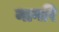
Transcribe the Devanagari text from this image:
नागरि